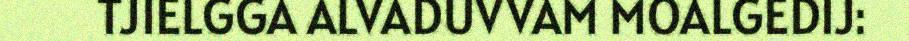
TJIELGGA ALVADUVVAM MOALGEDIJ: